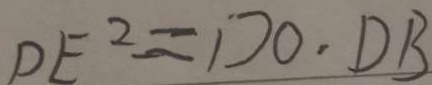
D E ^ { 2 } = D O \cdot D B